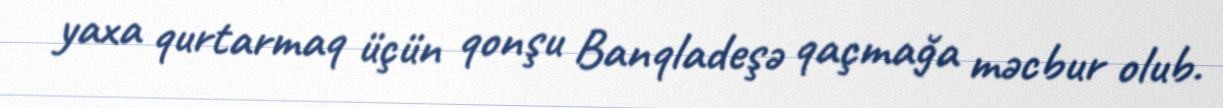
yaxa qurtarmaq üçün qonşu Banqladeşə qaçmağa məcbur olub.